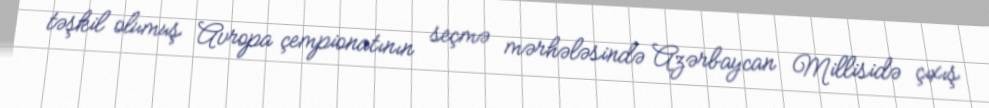
təşkil olumuş Avropa çempionatının seçmə mərhələsində Azərbaycan Millisidə çıxış